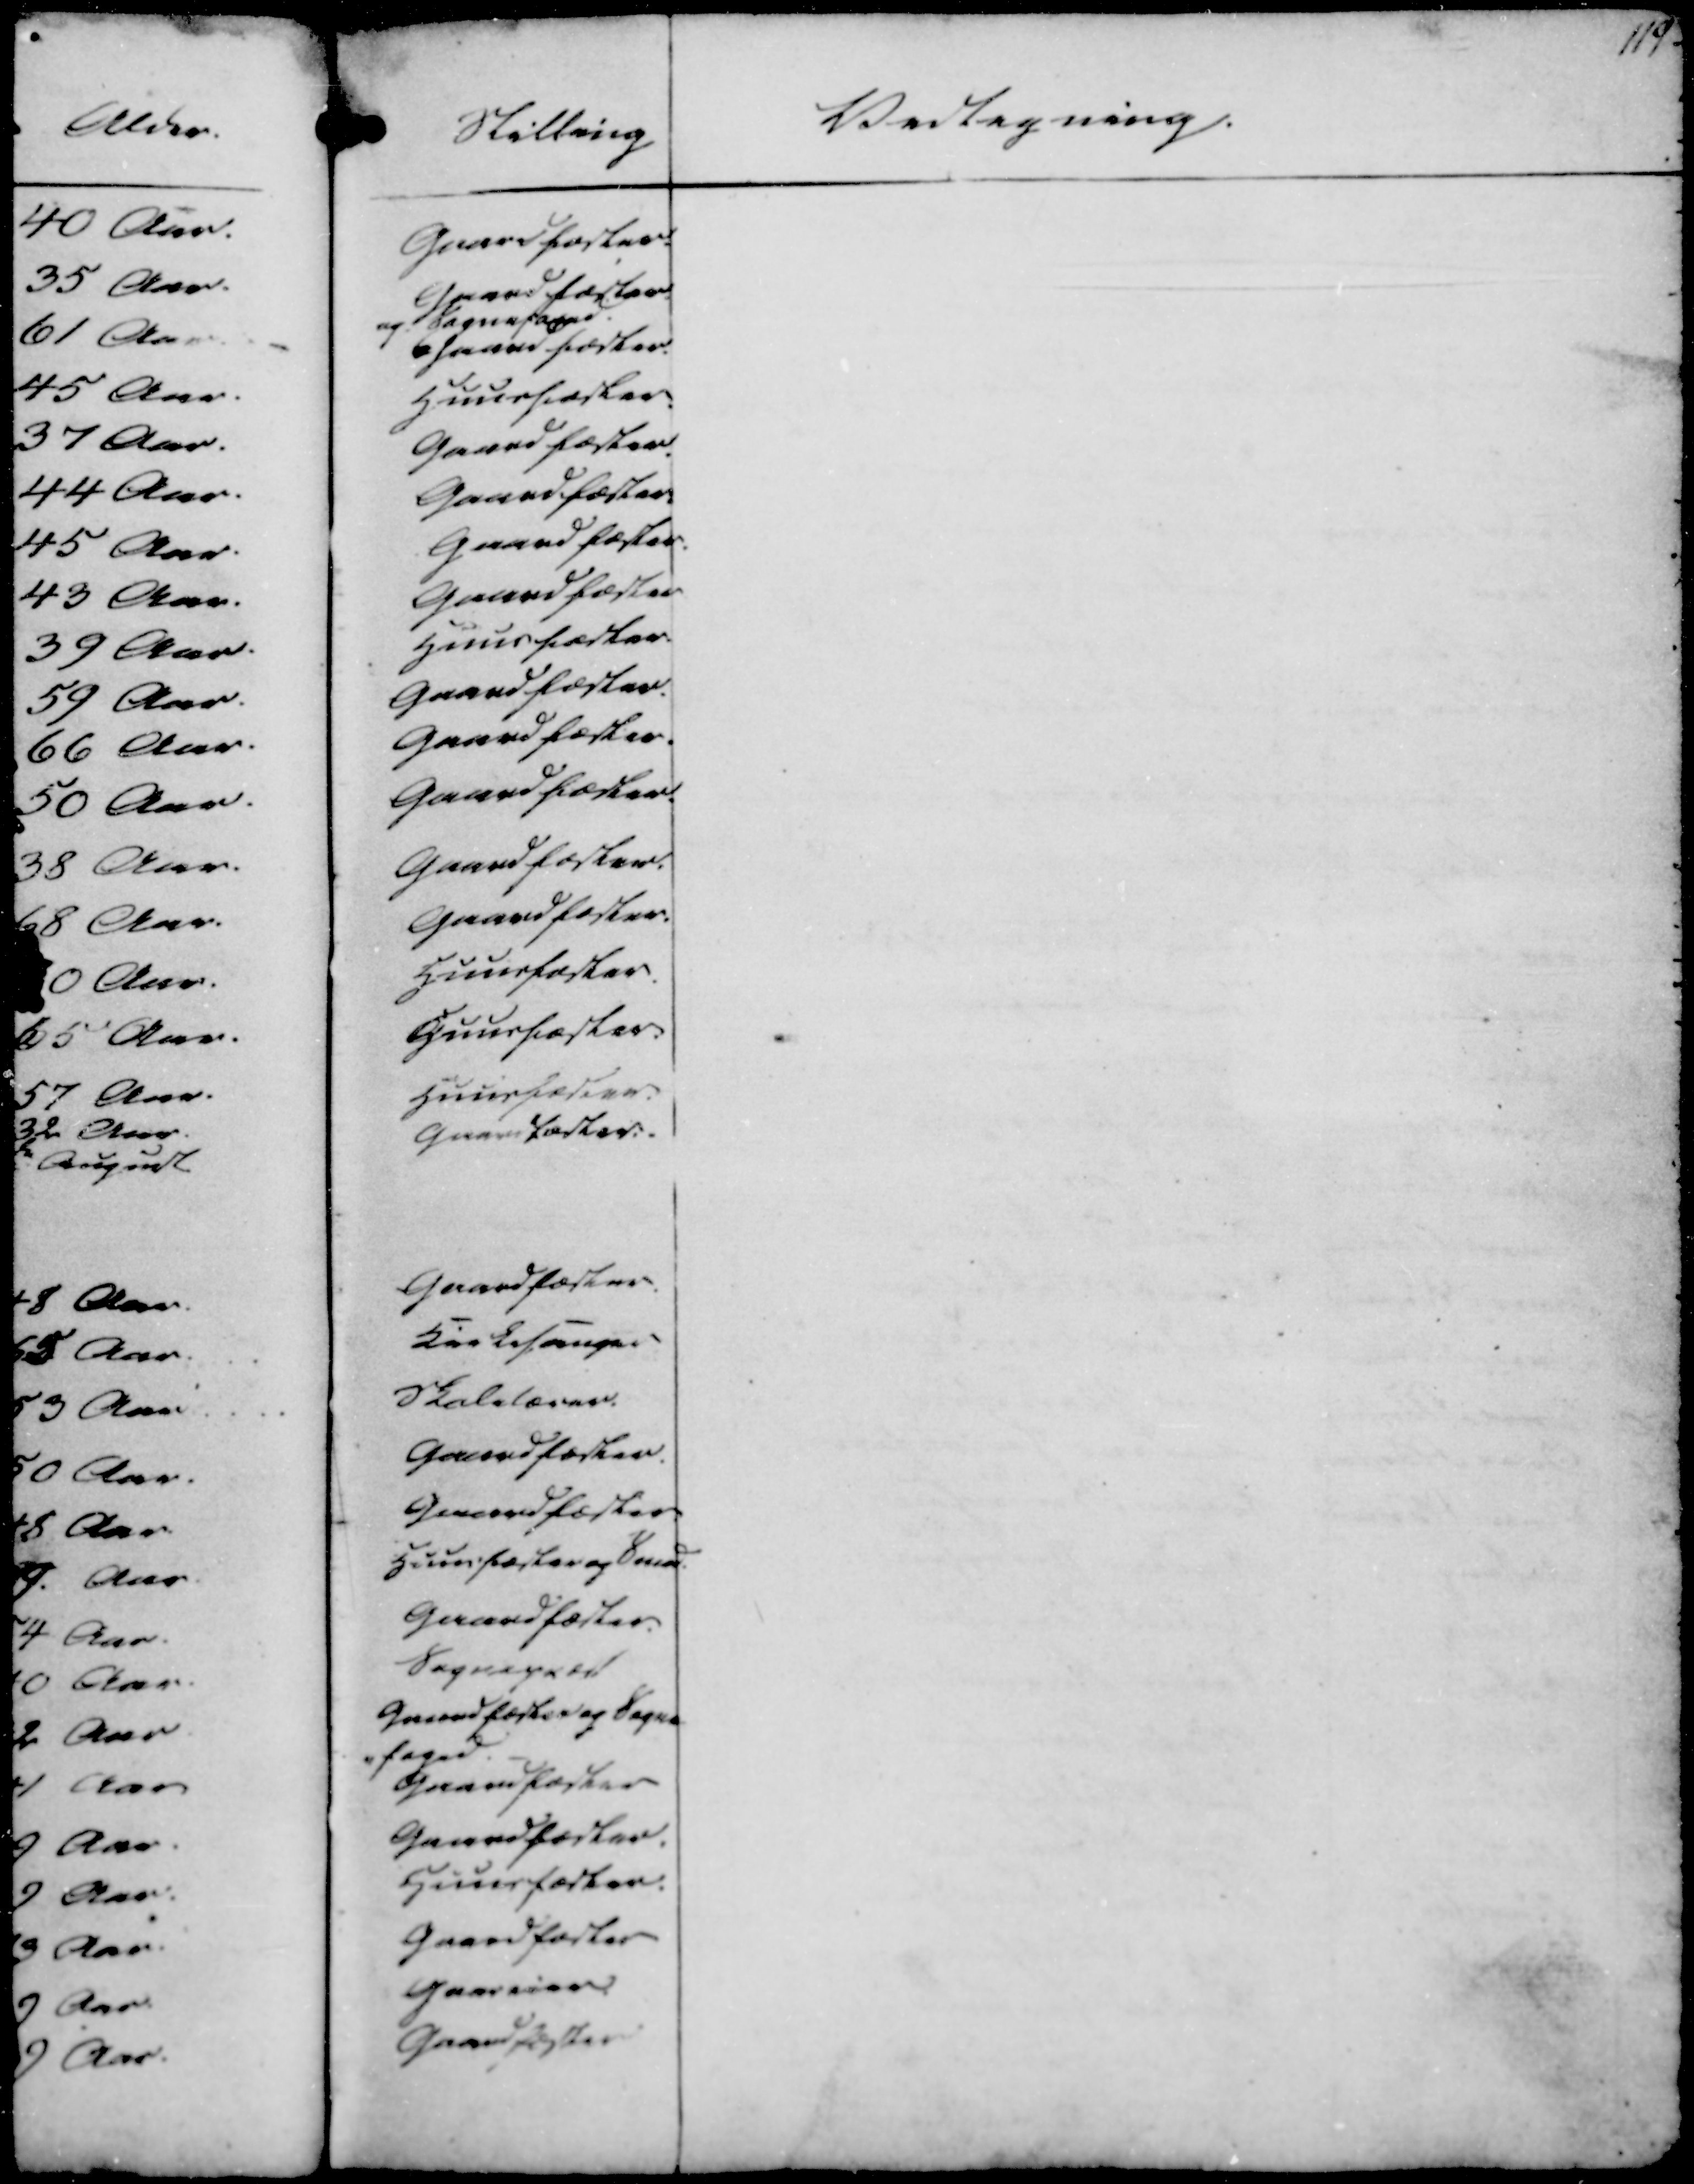
Transskription:
Stilling
Vedtagning.
119

Gaardfæster.
Gaardfæster.
og Sognefoged.
Gaardfæster.
Huusfæster
Gaardfæster.
Gaardfæster.
Gaardfæster.
Gaardfæster
Huusfæster.
Gaardfæster.
Gaardfæster.
Gaardfæster.
Gaardfæster.
Gaardfæster.
Huusfæster.
Huusfæster.
Huusfæster.
Gaardfæster.

Gaardfæster.
Kirkesanger.
Skolelærer.
Gaardfæster.
Gaardfæster.
Huusfæster og Smed.
Gaardfæster.
Sognepræst
Gaardfæster og Sogne
foged.
Gaardfæster
Gaardfæster.
Huusfæster.
Gaardfæster
Gaardeier.
Gaardfæster